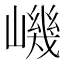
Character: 𡼠